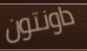
داونتون